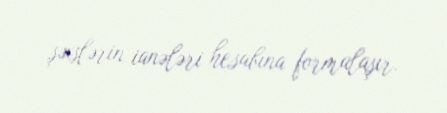
şəxslərin ianələri hesabına formalaşır.